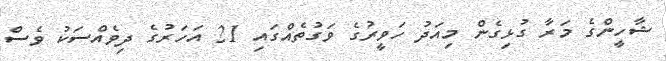
ޝާހީންގެ މަރާ ގުޅިގެން މިއަދު ހަވީރުގެ ވަގުތެއްގައި 21 އަހަރުގެ ދިވެއްސަކު ވެސް